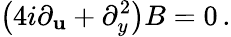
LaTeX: \left(4i\partial_{\mathbf{u}}+\partial_{y}^{2}\right)B=0\, .